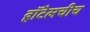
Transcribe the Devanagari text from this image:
हॉटेलचीच